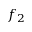
f _ { 2 }